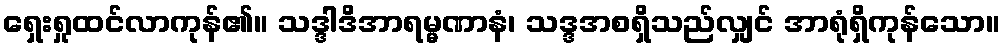
ရှေးရှုထင်လာကုန်၏။ သဒ္ဒါဒိအာရမ္မဏာနံ၊ သဒ္ဒအစရှိသည်လျှင် အာရုံရှိကုန်သော။